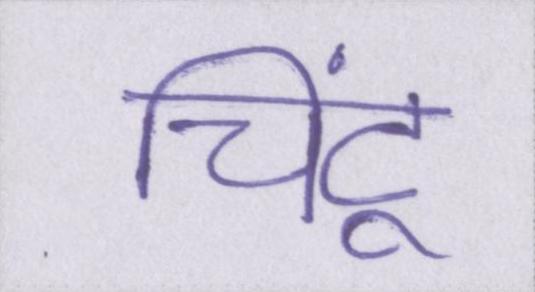
चिंटू